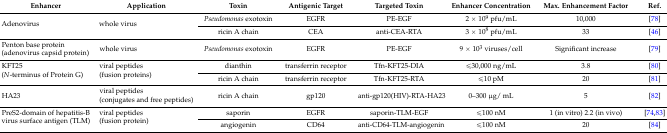
<table><thead><tr><td><b>Enhancer</b></td><td><b>Application</b></td><td><b>Toxin</b></td><td><b>Antigenic Target</b></td><td><b>Targeted Toxin</b></td><td><b>Enhancer Concentration</b></td><td><b>Max. Enhancement Factor</b></td><td><b>Ref.</b></td></tr></thead><tbody><tr><td rowspan="2">Adenovirus</td><td rowspan="2">whole virus</td><td><i>Pseudomonas</i> exotoxin</td><td>EGFR</td><td>PE-EGF</td><td>2 × 10<sup>9</sup> pfu/mL</td><td>10,000</td><td>[78]</td></tr><tr><td>ricin A chain</td><td>CEA</td><td>anti-CEA-RTA</td><td>3 × 10<sup>8</sup> pfu/mL</td><td>33</td><td>[46]</td></tr><tr><td>Penton base protein (adenovirus capsid protein)</td><td>whole virus</td><td><i>Pseudomonas</i> exotoxin</td><td>EGFR</td><td>PE-EGF</td><td>9 × 10<sup>3</sup> viruses/cell</td><td>Significant increase</td><td>[79]</td></tr><tr><td rowspan="2">KFT25 (N-terminus of Protein G)</td><td rowspan="2">viral peptides (fusion proteins)</td><td>dianthin</td><td>transferrin receptor</td><td>Tfn-KFT25-DIA</td><td>≤30,000 ng/mL</td><td>3.8</td><td>[80]</td></tr><tr><td>ricin A chain</td><td>transferrin receptor</td><td>Tfn-KFT25-RTA</td><td>≤10 pM</td><td>20</td><td>[81]</td></tr><tr><td>HA23</td><td>viral peptides (conjugates and free peptides)</td><td>ricin A chain</td><td>gp120</td><td>anti-gp120(HIV)-RTA-HA23</td><td>0–300 μg/ mL</td><td>5</td><td>[82]</td></tr><tr><td rowspan="2">PreS2-domain of hepatitis-B virus surface antigen (TLM)</td><td rowspan="2">viral peptides (fusion protein)</td><td>saporin</td><td>EGFR</td><td>saporin-TLM-EGF</td><td>≤100 nM</td><td>1 (in vitro) 2.2 (in vivo)</td><td>[74,83]</td></tr><tr><td>angiogenin</td><td>CD64</td><td>anti-CD64-TLM-angiogenin</td><td>≤100 nM</td><td>20</td><td>[84]</td></tr></tbody></table>